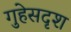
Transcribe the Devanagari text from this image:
गुहेसदृश